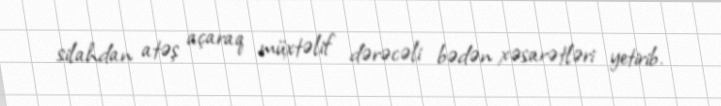
silahdan atəş açaraq müxtəlif dərəcəli bədən xəsarətləri yetirib.